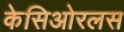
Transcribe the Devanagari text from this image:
केसिओरलस